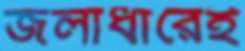
জলাধারেই